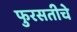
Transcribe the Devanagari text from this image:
फुरसतीचे